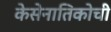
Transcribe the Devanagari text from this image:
केसेनातिकोची